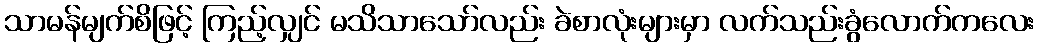
သာမန်မျက်စိဖြင့် ကြည့်လျှင် မသိသာသော်လည်း ခဲစာလုံးများမှာ လက်သည်းခွံလောက်ကလေး